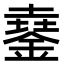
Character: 𨩓